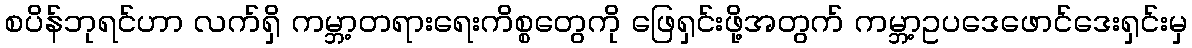
စပိန်ဘုရင်ဟာ လက်ရှိ ကမ္ဘာ့တရားရေးကိစ္စတွေကို ဖြေရှင်းဖို့အတွက် ကမ္ဘာ့ဥပဒေဖောင်ဒေးရှင်းမှ